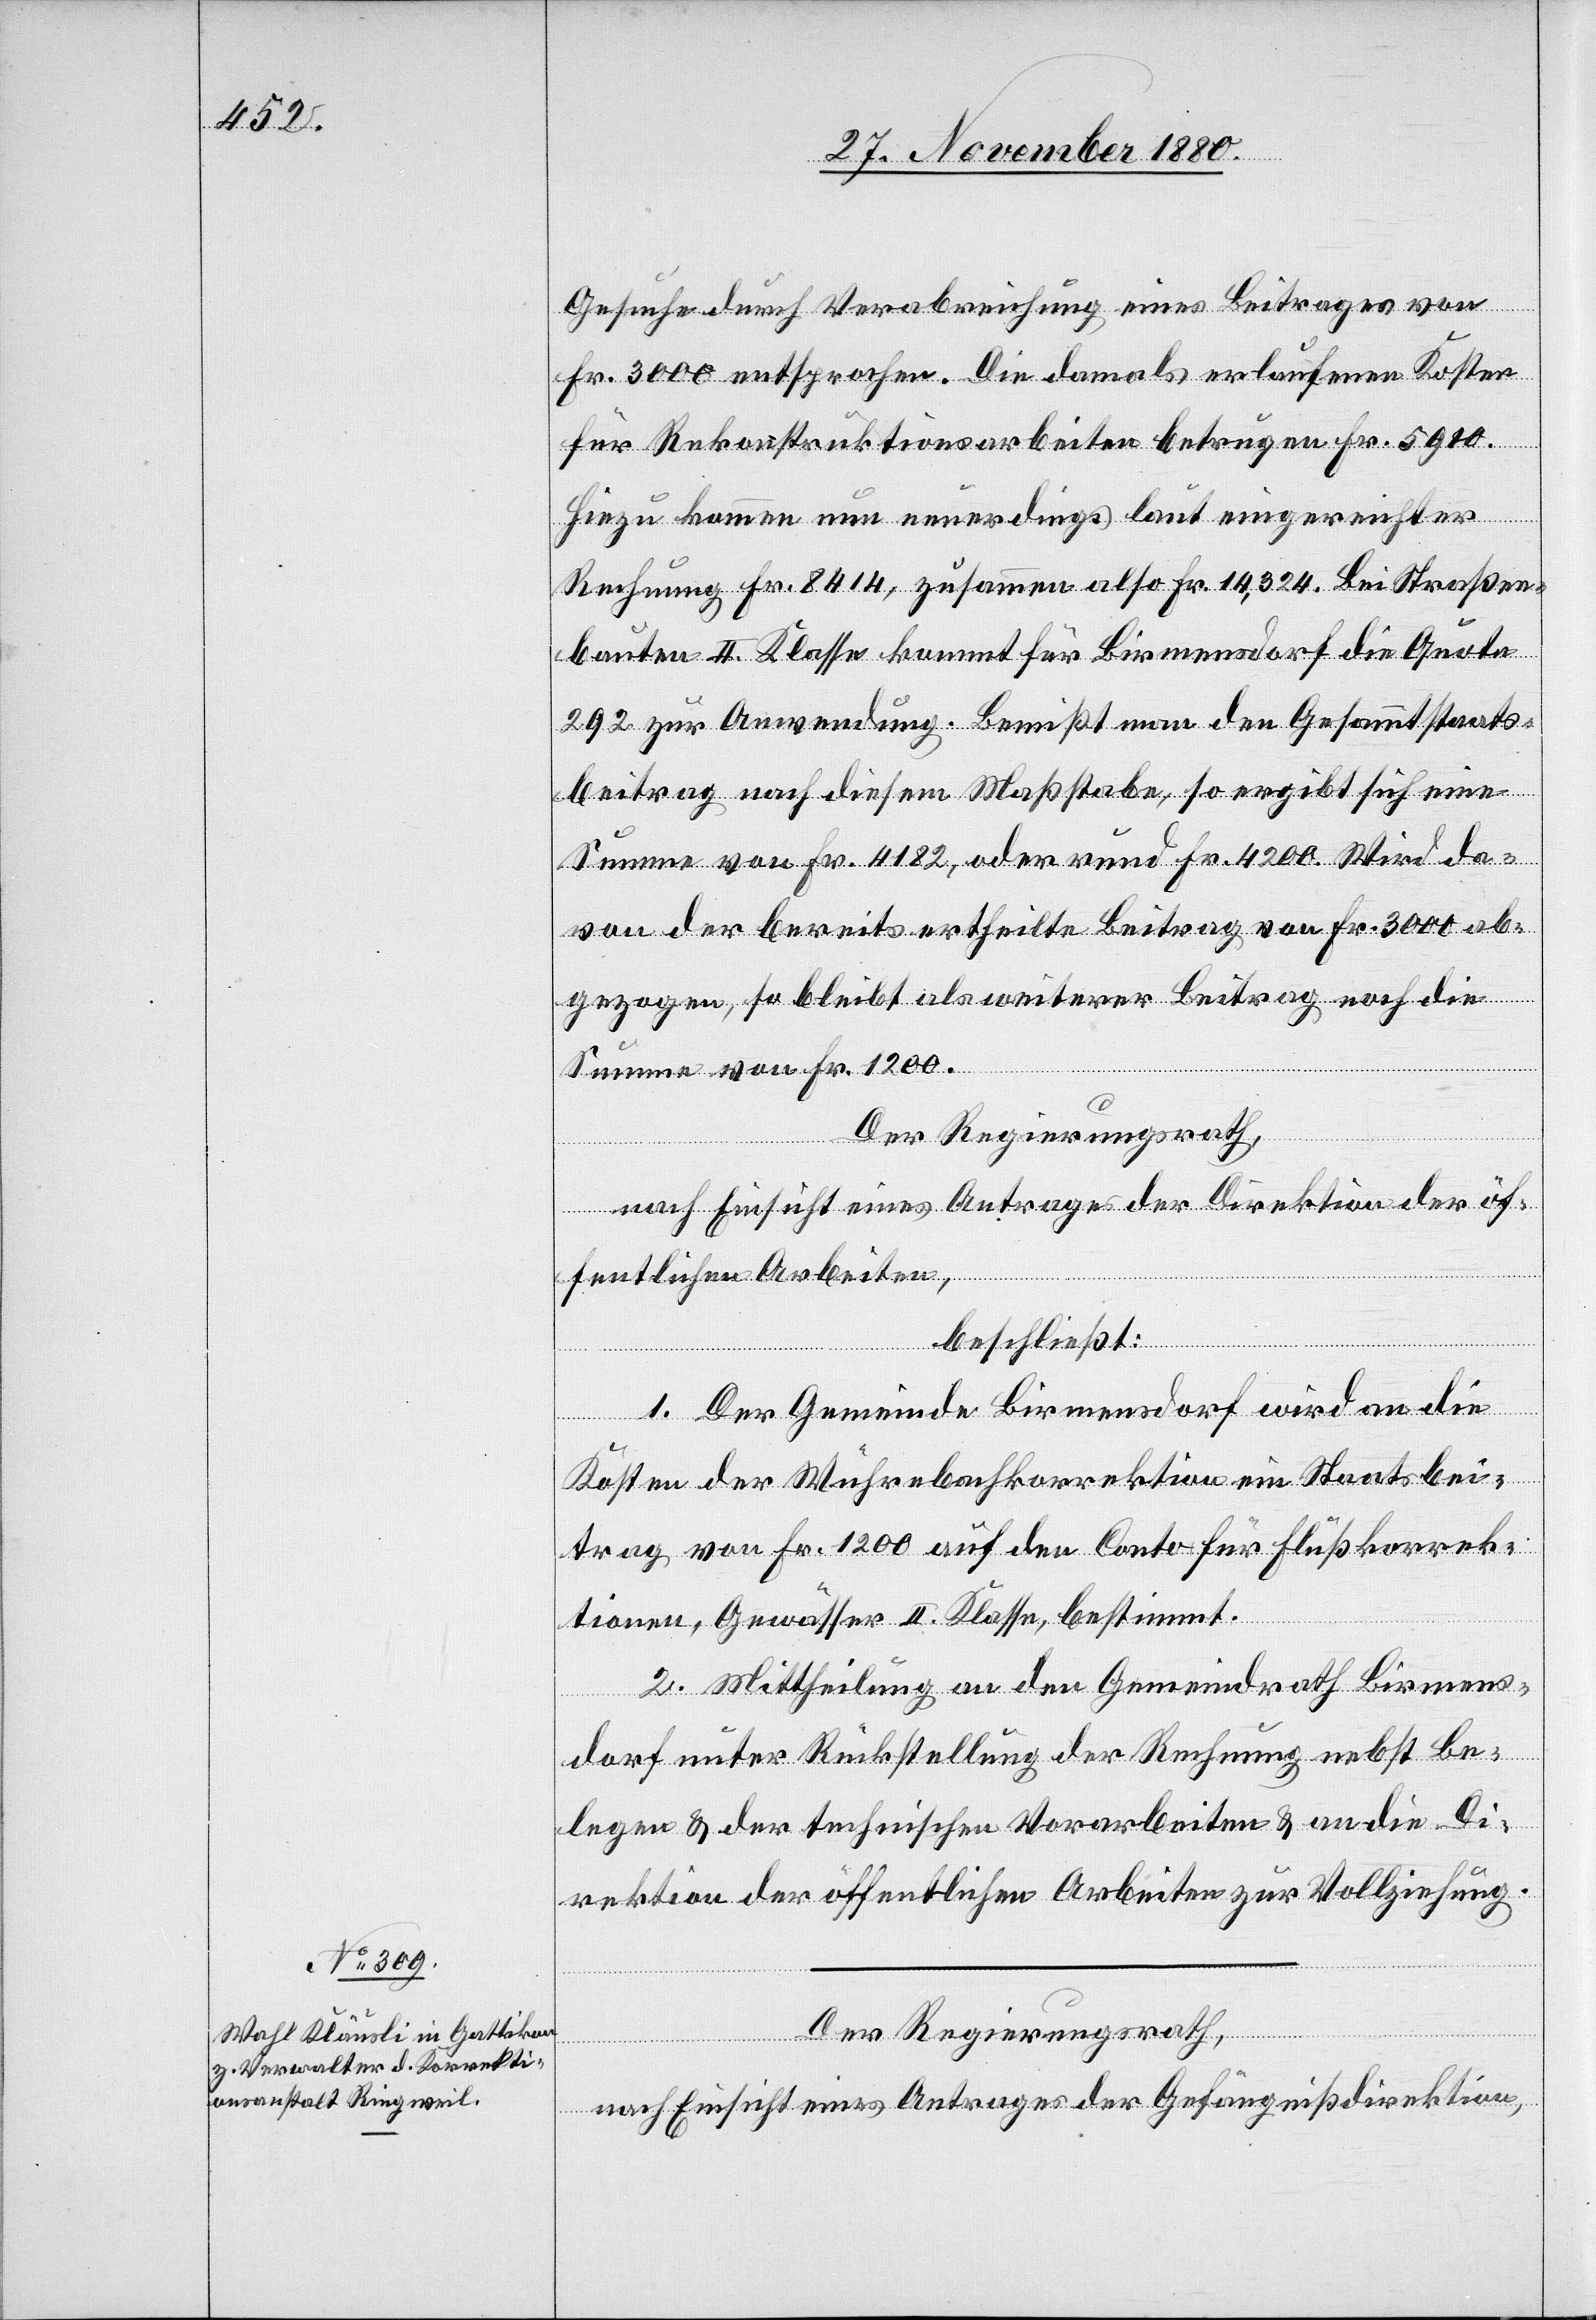
Gesuche durch Verabreichung eines Beitrages von
Fr. 3000 entsprochen. Die damals erlaufenen Kosten
für Rekonstruktionsarbeiten betrugen Fr. 5910.
Hiezu kommen nun neuerdings laut eingereichter
Rechnung Fr. 8414, zusammen also 14,324. Bei Straßen¬
bauten II. Klasse kommt für Birmensdorf die Quote
292 zur Anwendung. Bemißt man den Gesammtstaats¬
beitrag nach diesem Maßstabe, so ergibt sich eine
Summe von Fr. 4182, oder rund Fr. 4200. Wird da¬
von der bereits ertheilte Beitrag von Fr. 3000 ab¬
gezogen, so bleibt als weiterer Beitrag noch die
Summe von Fr. 1200.
Der Regierungsrath,
nach Einsicht eines Antrages der Direktion der öf¬
fentlichen Arbeiten,
beschließt:
1. Der Gemeinde Birmensdorf wird an die
Kosten der Wuhrebachkorrektion ein Staatsbei¬
trag von Fr. 1200 auf den Conto für Flußkorrek¬
tionen, Gewässer II. Klasse, bestimmt.
2. Mittheilung an den Gemeindrath Birmens¬
dorf unter Rückstellung der Rechnung nebst Be¬
legen & der technischen Vorarbeiten & an die Di¬
rektion der öffentlichen Arbeiten zur Vollziehung.
Der Regierungsrath,
nach Einsicht eines Antrages der Gefängnißdirektion,